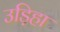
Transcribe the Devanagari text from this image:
उड़िहा